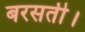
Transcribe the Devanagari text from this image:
बरसती।